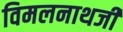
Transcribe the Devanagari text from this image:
विमलनाथजी